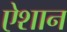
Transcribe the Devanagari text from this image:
ऐशान